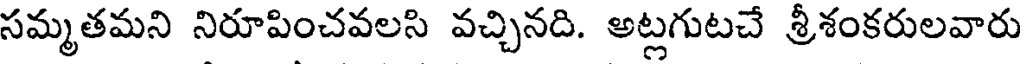
సమ్మతమని నిరూపించవలసి వచ్చినది. అట్లగుటచే శ్రీశంకరులవారు